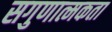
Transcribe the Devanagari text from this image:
सगुणात्मकता